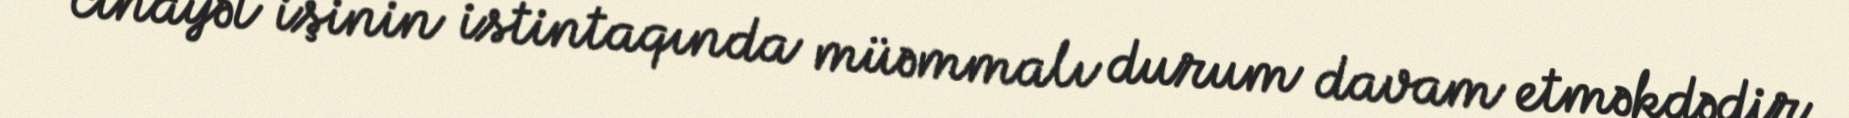
cinayət işinin istintaqında müəmmalı durum davam etməkdədir.